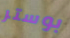
بوستر